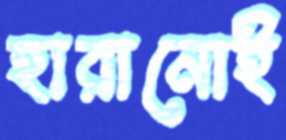
হারানোই